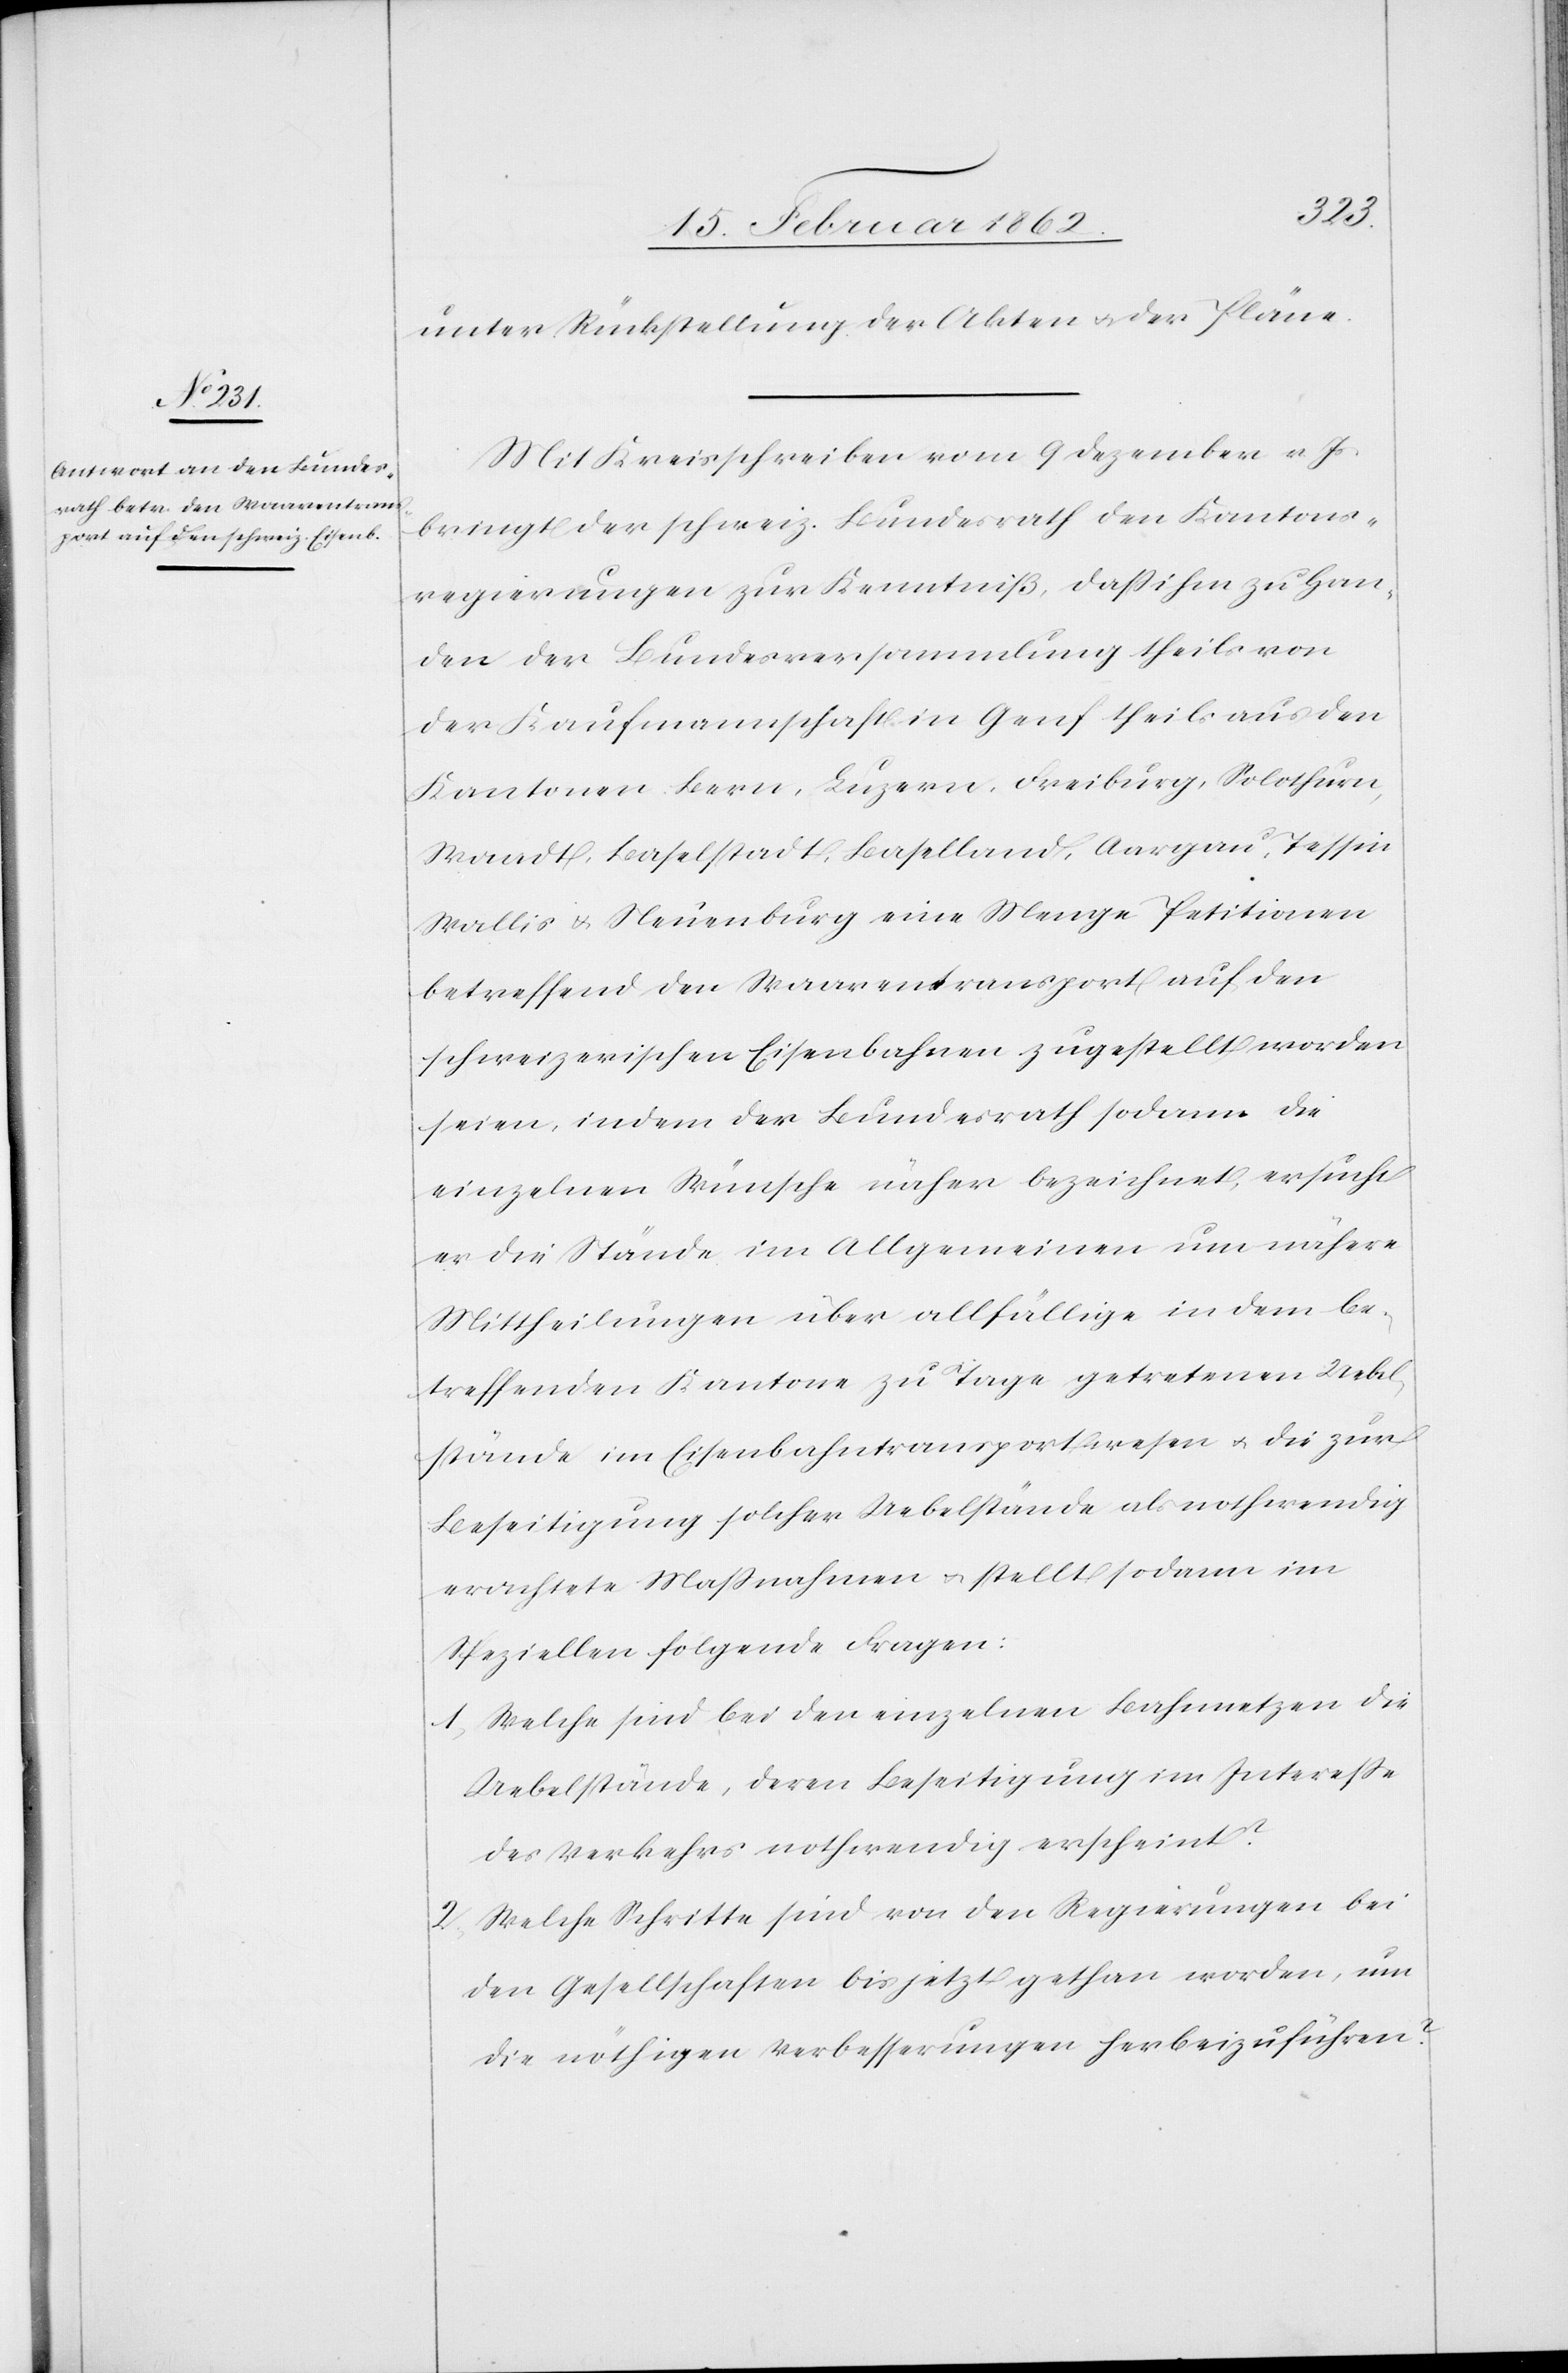
unter Rückstellung der Akten u. der Pläne.
Mit Kreisschreiben vom 9 Dezember v. Js.
bringt der schweiz. Bundesrath den Kantons¬
regierungen zur Kenntniß, daß ihm zu Han¬
den der Bundersversammlung theils von
der Kaufmannschaft in Genf theils aus den
Kantonen Bern, Luzern, Freiburg, Solothurn,
Waadt, Baselstadt, Baselland, Aargau, Tessin,
Wallis u. Neuenburg eine Menge Petitionen
betreffend den Waarentransport auf den
schweizerischen Eisenbahnen zugestellt worden
seien, indem der Bundesrath sodann die
einzelnen Wünsche näher bezeichnet, ersucht
er die Stände im Allgemeinen um nähere
Mittheilungen über allfällige in dem be¬
treffenden Kantone zu Tage getretenen Uebel¬
stände im Eisenbahntransportwesen u. die zur
Beseitigung solcher Uebelstände als nothwendig
erachtete Maßnahmen u. stellt sodann im
Speziellen folgende Fragen:
1) Welche sind bei den einzelnen Bahnnetzen die
Uebelstände, deren Beseitigung im Intereße
des Verkehrs nothwendig erscheint?
2) Welche Schritte sind von den Regierungen bei
den Gesellschaften bis jetzt gethan worden, um
die nöthigen Verbesserungen herbeizuführen?